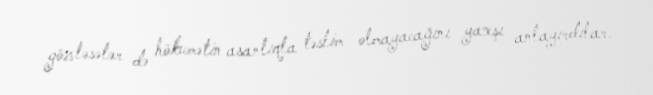
gözləsələr də hökumətin asanlıqla təslim olmayacağını yaxşı anlayırdılar.